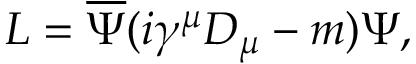
L = \overline { { { \Psi } } } ( i \gamma ^ { \mu } D _ { \mu } - m ) \Psi ,